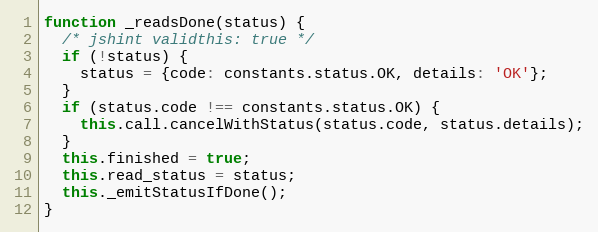
Language: JavaScript
function _readsDone(status) {
  /* jshint validthis: true */
  if (!status) {
    status = {code: constants.status.OK, details: 'OK'};
  }
  if (status.code !== constants.status.OK) {
    this.call.cancelWithStatus(status.code, status.details);
  }
  this.finished = true;
  this.read_status = status;
  this._emitStatusIfDone();
}